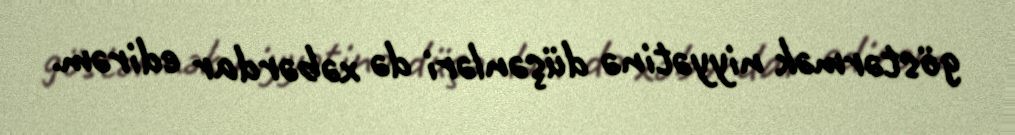
göstərmək niyyətinə düşənləri də xəbərdar edirəm.